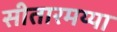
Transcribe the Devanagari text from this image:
सीतारमय्या